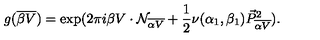
g ( { \overline { { \beta V } } } ) = \exp ( 2 \pi i \beta V \cdot { \cal N } _ { \overline { { \alpha V } } } + { \frac { 1 } { 2 } } \nu ( \alpha _ { 1 } , \beta _ { 1 } ) { \vec { P } } _ { \overline { { \alpha V } } } ^ { 2 } ) .